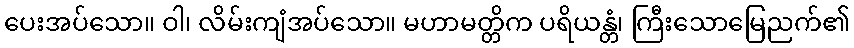
ပေးအပ်သော။ ဝါ၊ လိမ်းကျံအပ်သော။ မဟာမတ္တိက ပရိယန္တံ၊ ကြီးသောမြေညက်၏